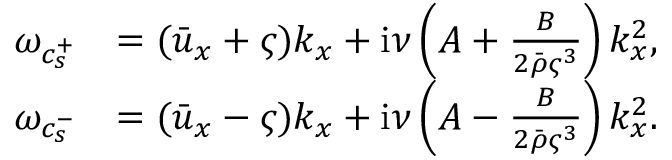
\begin{array} { r l } { \omega _ { c _ { s } ^ { + } } } & { = ( \bar { u } _ { x } + \varsigma ) k _ { x } + \mathrm { i } \nu \left( A + \frac { B } { 2 \bar { \rho } \varsigma ^ { 3 } } \right) k _ { x } ^ { 2 } , } \\ { \omega _ { c _ { s } ^ { - } } } & { = ( \bar { u } _ { x } - \varsigma ) k _ { x } + \mathrm { i } \nu \left( A - \frac { B } { 2 \bar { \rho } \varsigma ^ { 3 } } \right) k _ { x } ^ { 2 } . } \end{array}